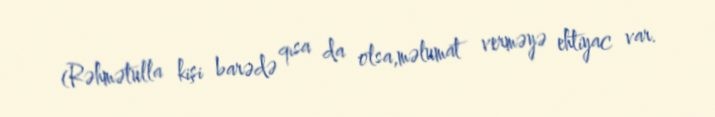
(Rəhmətulla kişi barədə qısa da olsa,məlumat verməyə ehtiyac var.